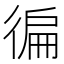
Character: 徧